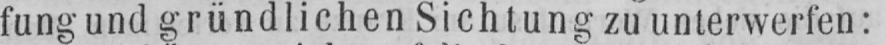
fung und gründlichen Sichtung zu unterwerfen: